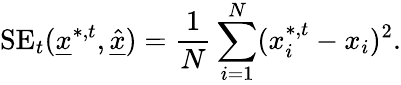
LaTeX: \mathrm{SE}_{t}(\underline{{x}}^{*,t},\underline{{\hat{x}}})=\frac{1}{N}\sum_{i=1}^{N}(x_{i}^{*,t}-x_{i})^{2}.